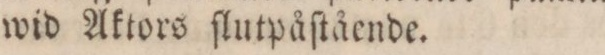
wid Aktors ſlutpåſtående.